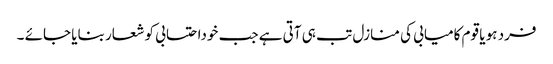
فرد ہو یا قوم کامیابی کی منازل تب ہی آتی ہے جب خوداحتسابی کو شعار بنایا جائے ۔